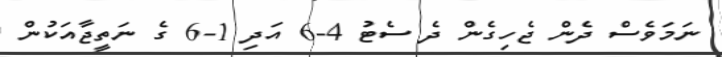
ނަމަވެސް ދެން ޖެހިގެން ދެ ސެޓު 4-6 އަދި 1-6 ގެ ނަތީޖާއަކުން